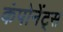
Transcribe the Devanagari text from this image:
कंपोनेंट्स